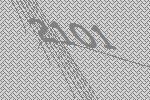
2101